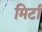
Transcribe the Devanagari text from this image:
मिर्टा